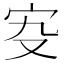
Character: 𡧌